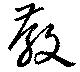
教